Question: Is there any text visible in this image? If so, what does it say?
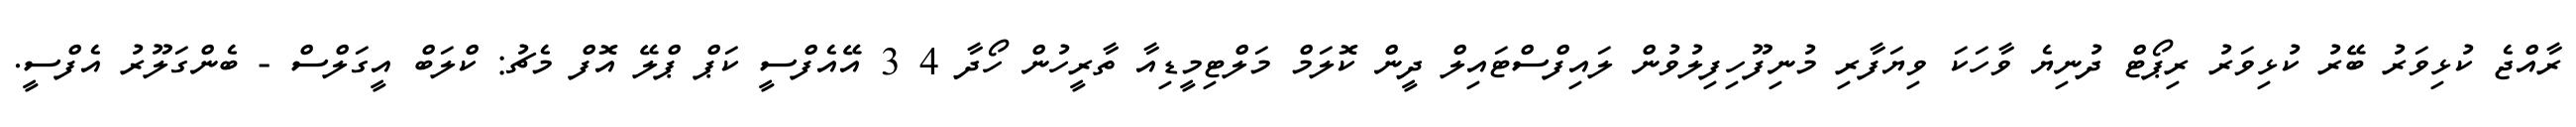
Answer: ރާއްޖެ ކުޅިވަރު ބޭރު ކުޅިވަރު ރިޕޯޓް ދުނިޔެ ވާހަކަ ވިޔަފާރި މުނިފޫހިފިލުވުން ލައިފްސްޓައިލް ދީން ކޮލަމް މަލްޓިމީޑިއާ ތާރީހުން ހޯދާ 4 3 އޭއެފްސީ ކަޕް ޕްލޭ އޮފް މެޗު: ކްލަބް އީގަލްސް - ބެންގަލޫރު އެފްސީ.